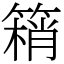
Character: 䈾